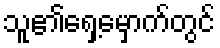
သူ၏ရှေ့မှောက်တွင်